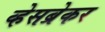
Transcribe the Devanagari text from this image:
व्हेसब्रेकर